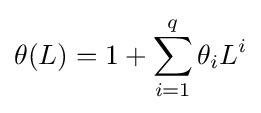
\theta (L)=1+\sum _{i=1}^{q}\theta _{i}L^{i}